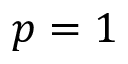
p = 1